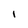
Character: I